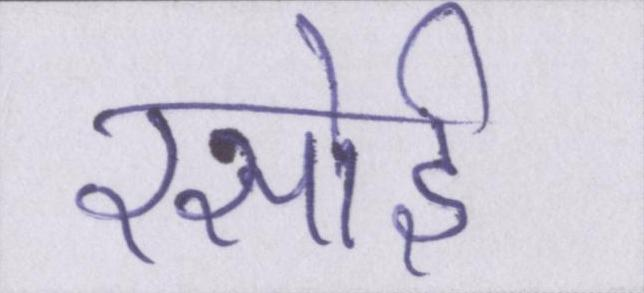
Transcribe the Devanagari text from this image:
रसोई